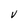
Character: V